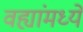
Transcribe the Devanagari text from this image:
वह्यांमध्ये